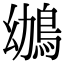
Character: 鴢